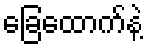
ခြေထောက်နဲ့